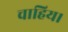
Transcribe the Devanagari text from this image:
चाहिय।